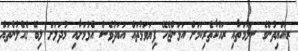
ރައްޔިތުންގެ ސަލާމަތާއި ރައްކާތެރިކަމަށް އަޅަންޖެހޭ ފިޔަވަޅުތައް އަބަދުވެސް އެޅުމަށާއި މުދަލަށް ލިބޭ ގެއްލުންތައް